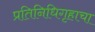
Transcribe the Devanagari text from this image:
प्रतिनिधिगृहाचा